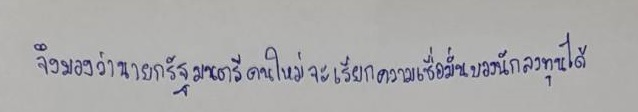
จึงมองว่านายกรัฐมนตรีคนใหม่จะเรียกความเชื่อมั่นของนักลงทุนได้